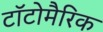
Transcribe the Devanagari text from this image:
टॉटोमैरिक